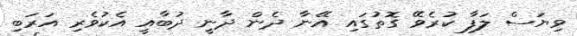
ވިޔަސް ލަފާ ކުރެވޭ ގޮތުގައި އޭނާ ދެން ދާނީ ދުބާއީ އެކުވެރި އަރަބި